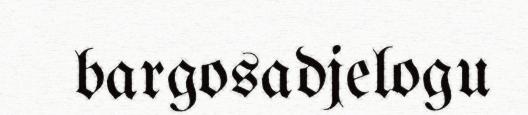
bargosadjelogu